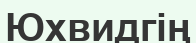
Юхвидгің